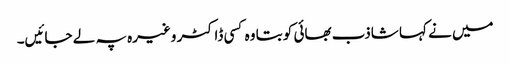
میں نے کہا شاذب بھائی کو بتا وہ کسی ڈاکٹر وغیرہ پہ لے جائیں۔